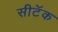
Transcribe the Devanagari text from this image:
सीटॅक